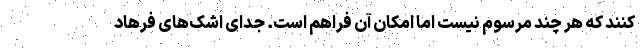
کنند که هر چند مرسوم نیست اما امکان آن فراهم است. جدای اشک‌های فرهاد